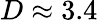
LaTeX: D\approx 3.4